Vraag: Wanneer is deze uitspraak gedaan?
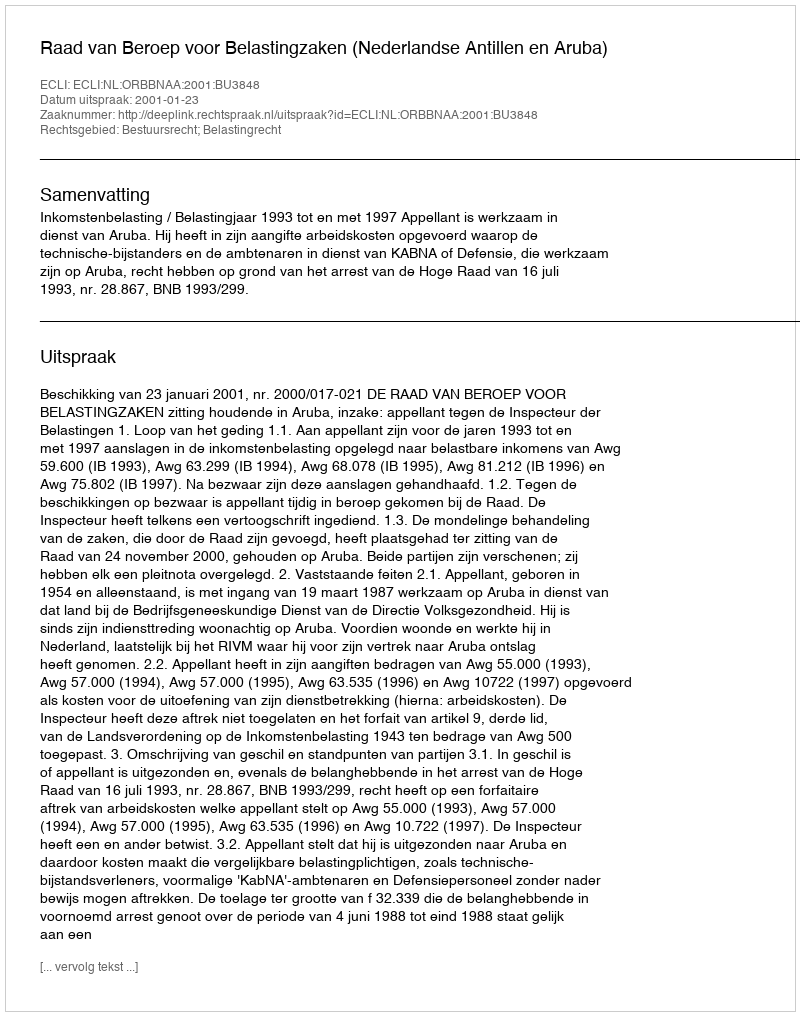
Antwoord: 2001-01-23